Document type: Sale
Year: 1209
Scribe: Arnau de Torre
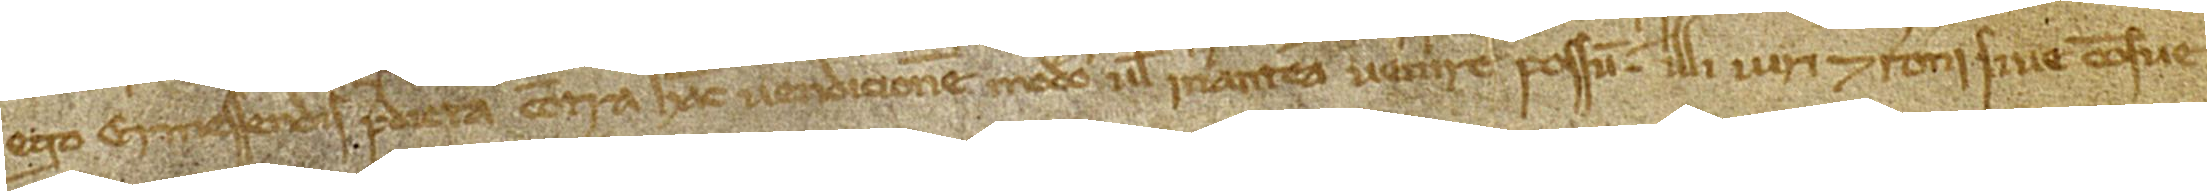
ego Ermessendis predicta contra hanc vendicionem modo vel inantea venire possum, illi iuri et rationi sive consue-